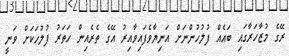
ރޭގެ މުޒާހަރާގައި ބައެއް ފުލުހުންނަށް އަނިޔާވެފައިވާއިރު އޭގެ ތެރެއިން ހަތަރު ފުލުހަކަށް ވަނީ